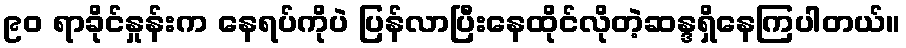
၉၀ ရာခိုင်နှုန်းက နေရပ်ကိုပဲ ပြန်လာပြီးနေထိုင်လိုတဲ့ဆန္ဒရှိနေကြပါတယ်။